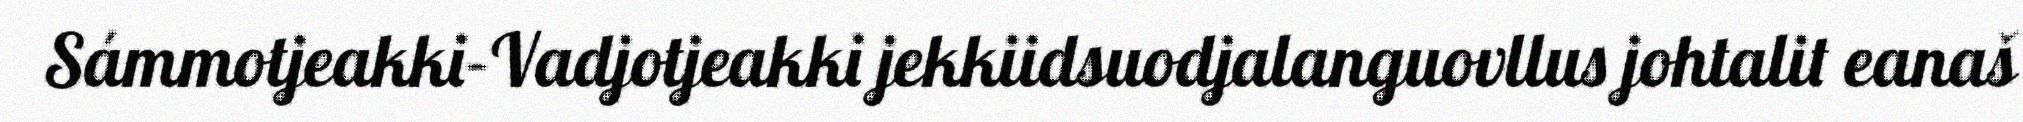
Sámmotjeakki–Vadjotjeakki jekkiidsuodjalanguovllus johtalit eanaš